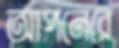
আপনেরে